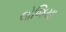
લોજિયા